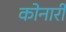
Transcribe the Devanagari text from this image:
कोनारी